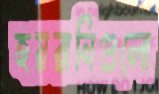
হয়রানিগুলো